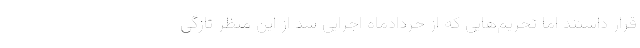
قرار داشتند اما تحریم‌هایی که از خردادماه اجرایی شد از این منظر تازگی